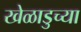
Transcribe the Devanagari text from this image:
खेळाडुच्या